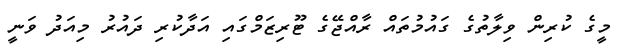
މީގެ ކުރިން ވިލާތުގެ ގައުމުތައް ރާއްޖޭގެ ޓޫރިޒަމްގައި އަދާކުރި ދައުރު މިއަދު ވަނީ